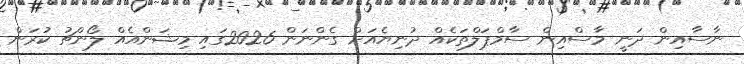
ނާސާއިން ދަނީ މާސްއިން ސާމްޕަލްތަކެއް ދުނިޔެއަށް ގެންނަން 2026ގައި މިޝަންއެއް ލޯންޗު ކުރަން